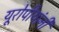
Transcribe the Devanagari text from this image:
यूरोपीयांनी